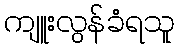
ကျူးလွန်ခံရသူ